system: You are a helpful assistant.
user:
Analyze the provided spectrum to determine if it is a **White Dwarf (WD)**.

A White Dwarf spectrum is defined by its **extreme purity** (due to gravitational settling) and/or **extreme pressure broadening** (due to high surface gravity). You must check for one of the following mutually exclusive signatures:

- **Key Visual Indicators (Check for ONE of these types):**

    - **1. DA-Type Signature (Most Common):**
        - **(Primary Feature):** Extreme pressure broadening (Stark broadening) of the **Hydrogen (H) Balmer lines**.
        - **(Key Lines):** $H\beta$ (approx. $4861$ Å) and $H\gamma$ (approx. $4340$ Å). $H\alpha$ (approx. $6563$ Å) will also be present if the wavelength range covers it.
        - **(Line Profile):** This is the **defining feature**. The lines are **NOT** sharp. They appear as massive, **extremely broad and deep "troughs" or "dips"** in the spectrum, often hundreds of Ångströms wide. The continuum will appear to "scoop" down at these wavelengths.
        - **(Distinction):** Normal A-type or B-type stars have *narrow* and *sharp* Hydrogen lines. A DA White Dwarf's lines are unmistakably "smeared" or "blurry" from pressure.

    - **2. DB-Type Signature:**
        - **(Primary Feature):** Broad absorption lines from **Neutral Helium (He I)**. The spectrum must lack any visible Hydrogen lines.
        - **(Key Lines):** Look for broad absorption near $4471$ Å, $4921$ Å, and $5876$ Å.
        - **(Line Profile):** These lines are also significantly pressure-broadened, appearing much wider than they would in a normal B-type main-sequence star.

    - **3. DC-Type Signature:**
        - **(Primary Feature):** A **featureless continuous spectrum**.
        - **(Line Profile):** The spectrum is a smooth curve with **no significant absorption or emission lines**.
        - **(Key Confirmation):** The continuum is almost always **blue or white**, indicating a hot object. This signature implies the atmosphere is so pure (or so cool) that no spectral lines are visible in the optical range. Its WD identity is confirmed by its extremely low intrinsic brightness (high absolute magnitude).

    - **4. DZ-Type Signature (Metal-Polluted):**
        - **(Primary Feature):** **Isolated, narrow metal absorption lines** on an otherwise featureless (DC-like) continuum.
        - **(Key Lines):** The **Calcium (Ca II) H & K doublet** (approx. **$3934$ Å** and **$3968$ Å**) is the most common and defining feature.
        - **(Line Profile):** These lines are "out of place." They are *not* part of a "forest" of thousands of lines. This signature is evidence of recent *accretion* (pollution) from rocky debris.
        - **(Distinction):** Normal G/K/M stars have a *dense forest* of thousands of metal lines. A DZ has a *clean* continuum with *only a few* strong metal lines.

    - **5. DQ-Type Signature (Carbon-Polluted):**
        - **(Primary Feature):** Absorption bands from **Carbon (C₂ "Swan Bands" or atomic C I)**.
        - **(Key Lines - C₂):** Look for bandheads with a "saw-tooth" shape near $5635$ Å, **$5165$ Å** (strongest), and $4737$ Å.
        - **(Key Confirmation):** The underlying **continuum must be blue or white** (hot).
        - **(Distinction):** This is the critical difference from a **Carbon Star**, which has the *exact same* C₂ bands but on an extremely **red, cool** continuum.

- **(Overall Spectrum):**
    - The continuum (overall shape) is typically **blue-sloping** (brighter in the blue than the red), as most white dwarfs are very hot.
    - The spectrum will look "pure" or "simple," dominated by only *one* of the five signatures listed above.

Think first, call **spectral_visualization_tool** if needed to examine features in detail, then provide your final answer. Your response must adhere to the following strict rules:
1.  **Overall Structure:** Your response must follow the format `<think>...</think> <tool_call>...</tool_call> (if a tool is used) <answer>...</answer>`.
2.  **Tool Usage Constraint:** You may only make **one** tool call per turn.
3.  **Final Answer Format:** In the `<answer>` tag, your conclusion must be inside a `\boxed{}` command (e.g., `\boxed{YES}` or `\boxed{NO}`), followed by your justification.

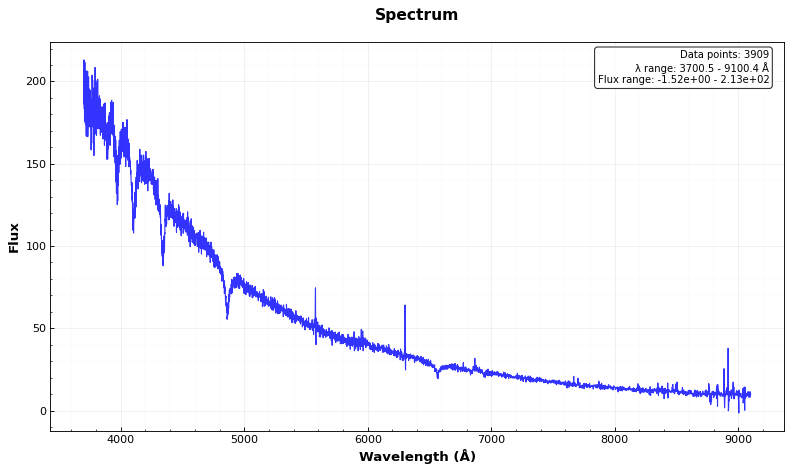
Answer: YES